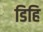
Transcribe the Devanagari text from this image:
डिहि